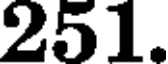
251.